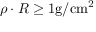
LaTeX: \rho \cdot R \geq 1 \mathrm { g } / \mathrm { c m } ^ { 2 }